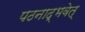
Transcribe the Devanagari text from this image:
पठनाद्भवेत्